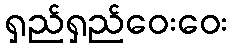
ရှည်ရှည်ဝေးဝေး